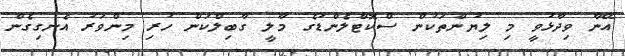
އޭނާ ވިދާޅުވީ މި ލިޔުންތަކުން ސްކޮޓްލެންޑުގެ މާލީ ގާބިލްކަން ހުރި މިންވަރު އެނގިގެން